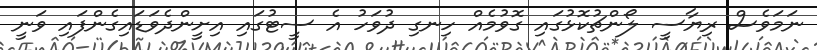
ނަމަވެސް ރިޔާސީ ލޯންޗުކޮޅުގައި ގޮވުމެއް ހިނގި ދުވަހު އެ ސީޓުގައި އިށީންދެވަޑައިގެންފައި ވަނީ